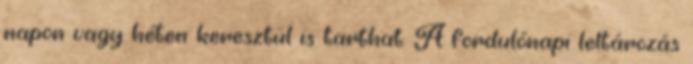
napon vagy héten keresztül is tarthat. A fordulónapi leltározás